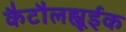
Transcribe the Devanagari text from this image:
कैटौलह्यूईक